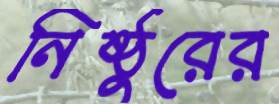
নিষ্ঠুরের